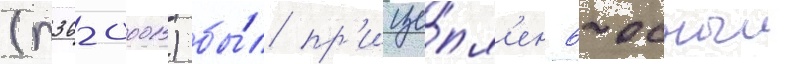
(п36-0001) бы́л пр'ице́пл'ен 6-осныи